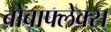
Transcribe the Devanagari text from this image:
बोबाफ्लेक्स